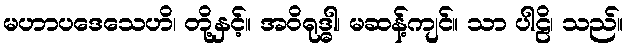
မဟာပဒေသေဟိ၊ တို့နှင့်။ အဝိရုဒ္ဓါ၊ မဆန့်ကျင်။ သာ ပါဠိ၊ သည်။